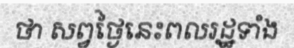
ថា សព្វថ្ងៃនេះពលរដ្ឋទាំង